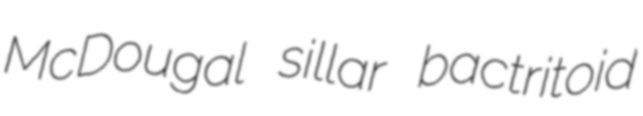
McDougal sillar bactritoid